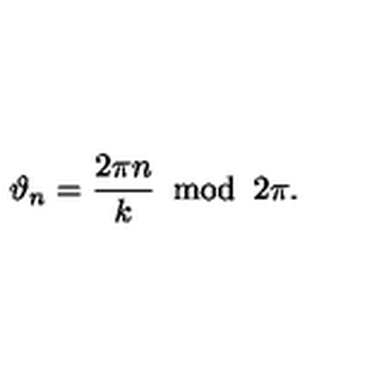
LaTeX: \vartheta _ { n } = \frac { 2 \pi n } { k } \: \bmod \: 2 \pi .